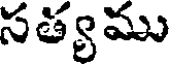
సత్యము